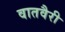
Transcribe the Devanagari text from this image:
वातवैरी